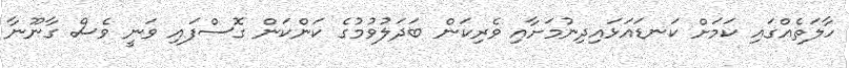
ހާލަތެއްގައި ކަމަށް ކަނޑައަޅައިދިނުމަށާއި ވެރިކަން ބަދަލުވުމުގެ ކަންކަން ގޮސްފައި ވަނީ ވެސް ގާނޫނާ